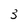
Character: 3